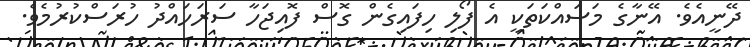
ދޭނީއެވެ. އޭނާގެ މަސައްކަތަކީ އެ ފޯލި ހިފައިގެން ގޮސް ފޮއިޖަހާ ސަރަހައްދު ހުރަސްކުރުމެވެ.